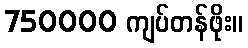
750000 ကျပ်တန်ဖိုး။